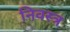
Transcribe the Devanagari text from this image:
निवस्त्र